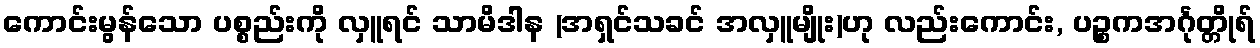
ကောင်းမွန်သော ပစ္စည်းကို လှူရင် သာမိဒါန (အရှင်သခင် အလှူမျိုး)ဟု လည်းကောင်း, ပဉ္စကအင်္ဂုတ္တိုရ်